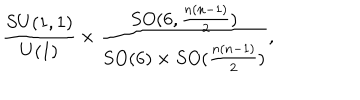
\frac { S U ( 1 , 1 ) } { U ( 1 ) } \times \frac { S O ( 6 , \frac { n ( n - 1 ) } { 2 } ) } { S O ( 6 ) \times S O ( \frac { n ( n - 1 ) } { 2 } ) } ,